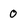
Character: 0